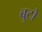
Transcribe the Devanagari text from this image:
बुटो